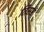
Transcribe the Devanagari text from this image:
तिसरं